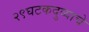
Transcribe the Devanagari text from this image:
२९घटकदुव्याचे